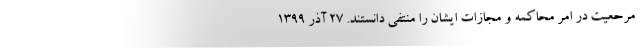
مرحعیت در امر محاکمه و مجازات ایشان را منتفی دانستند. ۲۷ آذر ۱۳۹۹